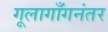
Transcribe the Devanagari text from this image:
गूलागाँगनंतर